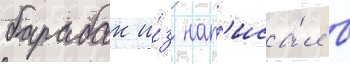
барабак и́з нап'иса́л в